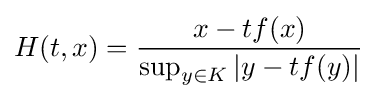
H(t,x)={\frac {x-tf(x)}{\sup _{y\in K}\left|y-tf(y)\right|}}